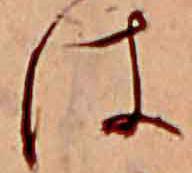
は